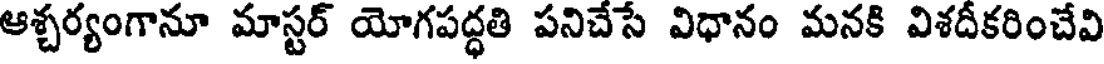
ఆశ్చర్యంగానూ మాస్టర్ యోగపద్ధతి పనిచేసే విధానం మనకి విశదీకరించేవి